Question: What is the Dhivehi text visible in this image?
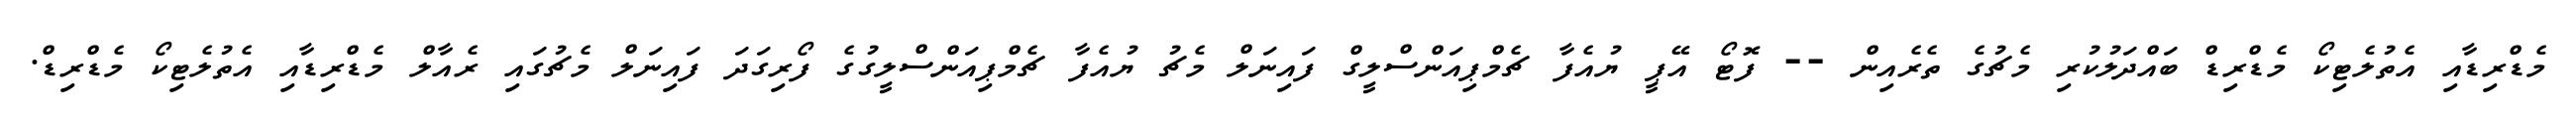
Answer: މެޑްރިޑާއި އެތުލެޓިކޯ މެޑްރިޑް ބައްދަލުކުރި މެޗުގެ ތެރެއިން -- ފޮޓޯ އޭޕީ ޔުއެފާ ޗެމްޕިއަންސްލީގް ފައިނަލް މެޗު ޔުއެފާ ޗެމްޕިއަންސްލީގުގެ ފޯރިގަދަ ފައިނަލް މެޗުގައި ރެއާލް މެޑްރިޑާއި އެތުލެޓިކޯ މެޑްރިޑް.